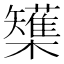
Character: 𭬷